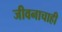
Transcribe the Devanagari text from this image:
जीवनाचाही